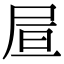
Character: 𡱌